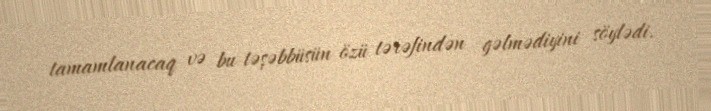
tamamlanacaq və bu təşəbbüsün özü tərəfindən gəlmədiyini söylədi.